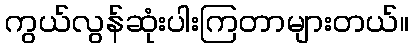
ကွယ်လွန်ဆုံးပါးကြတာများတယ်။